Indian journal of veterinary science and animal husbandry - Volume 10,
Year: 1940
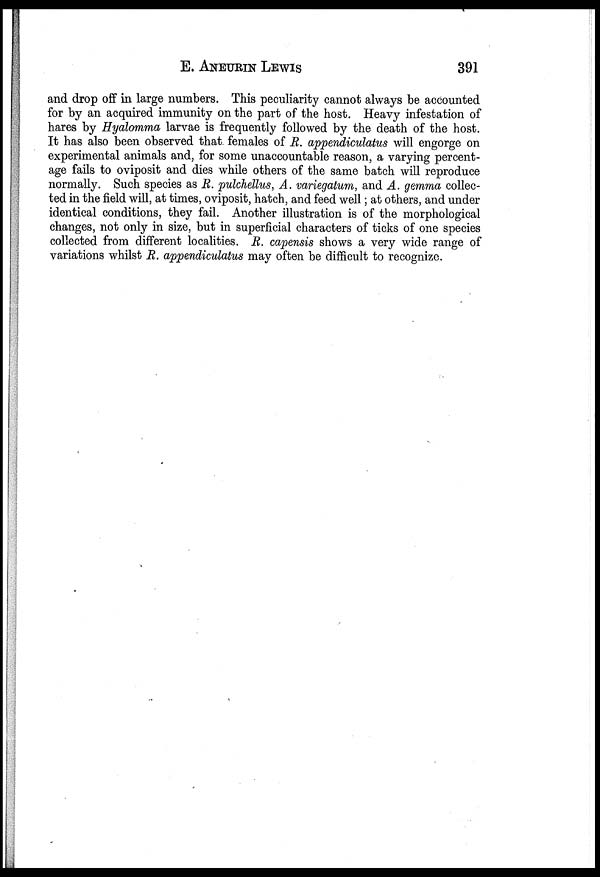
E. ANEURIN LEWIS 391
and drop off in large numbers. This peculiarity cannot always be accounted
for by an acquired immunity on the part of the host. Heavy infestation of
hares by Hyalomma larvae is frequently followed by the death of the host.
It has also been observed that females of R. appendiculatus will engorge on
experimental animals and, for some unaccountable reason, a varying percent-
age fails to oviposit and dies while others of the same batch will reproduce
normally. Such species as R. pulchellus, A. variegatum, and A. gemma collec-
ted in the field will, at times, oviposit, hatch, and feed well; at others, and under
identical conditions, they fail. Another illustration is of the morphological
changes, not only in size, but in superficial characters of ticks of one species
collected from different localities. R. capensis shows a very wide range of
variations whilst R. appendiculatus may often be difficult to recognize.